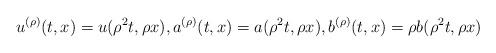
LaTeX: \begin{align*}u^{(\rho)}(t,x)=u(\rho^{2}t,\rho x),a^{(\rho)}(t,x)=a(\rho^{2}t,\rho x),b^{(\rho)}(t,x)=\rho b(\rho^{2}t,\rho x)\end{align*}